King Institute of Preventive Medicine Micro-Biological Section reports 1909-11
Year: 1909
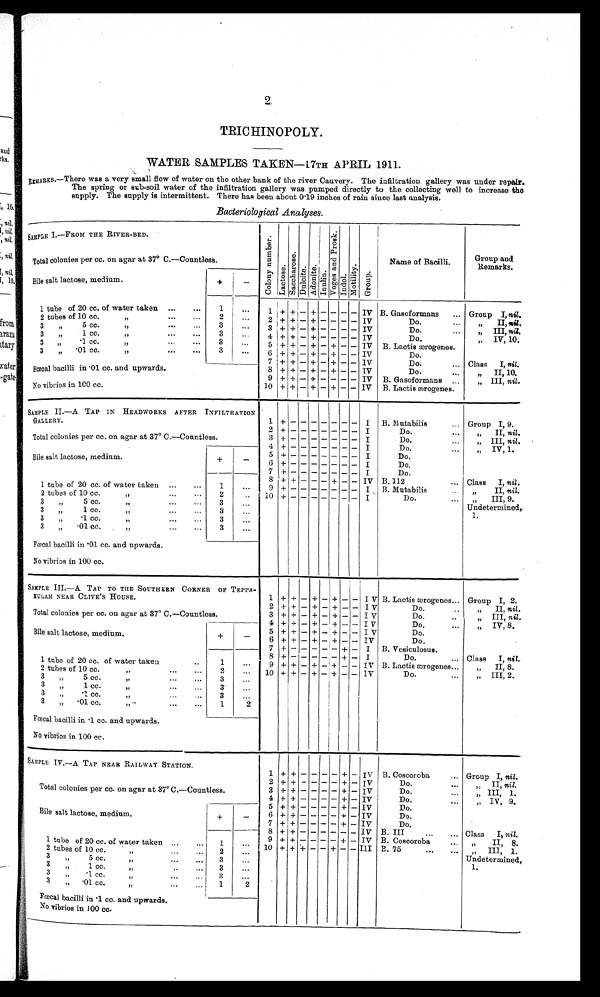
2
TRICHINOPOLY.
WATER SAMPLES TAKEN—17TH APRIL 1911.
REMARKS.—There was a very small flow of water on the other bank of the river Cauvery. The infiltration gallery was under repair.
The spring or sub-soil water of the infiltration gallery was pumped directly to the collecting well to increase the
supply. The supply is intermittent. There has been about 0.19 inches of rain. since last analysis.
Bacteriological Analyses.
SAMPLE I.—FROM THE RIVER-BED.
C o l o n y n u m b e r . L a c t o s e . S a c c h a r o s e . D u l c i t e . A d o n i t e . I n u l i n . V o g e s a n d P r o s k . I n d o l .
M o t i l i t y .
G r o u p .
Name of Bacilli.
Group and
Remarks.
Total colonies per cc. on agar at 37° C.—Countless.
Bile salt lactose, medium.
+
-
1 tube of 20 cc. of water taken ...
. . .
1
. . .
1 + + - + - - - - IV B. Gasoformans
... Group I, nil.
2 tubes of 10 cc.
...
. . .
2
. . .
2 + + - + - - - - IV
Do.
„ I I , n i l .
3 „ 5 cc.
. . .
. . .
3
. . .
3 + + - + - - - - IV
Do.
...
„ III, nil.
3 „ 1cc.
...
...
3
. . .
4
+ + - + - - - - IV
Do.
„ I V , 1 0 .
3 „ .1cc.
...
...
3
. . .
5 + + - + - + - - IV B. Lactis ærogenes.
3 „ .01 cc.
. . .
. . .
. . . 3
. . .
6 + + - + - + - - IV
Do.
7 + + - + - + - - IV
Do.
... Class I, nil.
Fœcal bacilli in .01 cc. and upwards.
8 + + - + - + - - IV
Do.
„ I I , 1 0 .
9 + + - + - - - - IV B. Gasoformans ..
„ I I I , n i l .
No vibrios in 100 cc.
10 + + - + - + - - IV B. Lactis ærogenes.
SAMPLE II.—A TAP IN HEADWORKS AFTER INFILTRATION
GALLERY.
1
+ -
- - - - - -
I B. Mutabilis
... Group I, 9.
2
+ - - - - - - - I
Do.
...
„ II, nil.
Total colonies per cc. on agar at 37° C. —Countless.
3
+ - - - - - - - I
Do.
...
„ III, nil.
4 + - - - - - - - I
Do....
„ IV, 1.
Bile salt lactose, medium.
+
-
5 + - - - - - - - I
D o .
6
+ - - - - - - - I
D o .
7
+ - - - - - - - I
Do.
1 tube of 20 cc. of water taken ...
...
1
...
8 + + - - - + - - IV B. 112
... Class I, nil .
9
+ - - - - - - - I B. Mut a bi l i s . . .
„ I I , n i l
.
2 tubes of 10 cc.
,,
2 . . .
10
+
-
- - - - - -
I
Do.
... „ III, 9.
Undetermined,
1.
3 „ 5 cc. „
3
. . .
3 „ 1 cc.
. . .
3
. . .
3 „ .1 cc....
3
. . .
3 „ .01 cc....
...
...
3
. . .
Fœcal bacilli in .01 cc. and upwards.
No vibrios in 100 cc.
SAMPLE III. —A TAP TO THE SOUTHERN CORNER OF TEPPA
¬KULAM NEAR CLIVE'S HOUSE.
1 + + - + - + - - IV B. Lactis ærogenes... Group I, 2.
2 + + - + - + - - IV
Do.
„ I I ,
n i l
.
Total colonies per cc. on agar at 37° C.—Countless.
3 + + - + - + - - IV
Do.
..
„ III, nil.
4 + + - + - + - - IV
Do.
„ I V , 8 .
Bile salt lactose, medium.
+
-
5 + + - + - + - - IV
Do.
6 + + - + - + - - IV
Do.
7 + - - - - - + - I B. Vesiculosus.
1 tube of 20 cc. of water taken
..
1
. . .
8 + - - - - - + - I
Do.
... Class I, nil.
9 + + - + - + - - IV B. Lactis ærogenes...
„ II, 8.
2 tubes of 10 cc.
. . .
. . .
. . .
2
. . . 10 + + - + - + - - IV
Do.
„ I I I , 2 .
3 „ 5 cc.
, ,
3
. . .
3 , , 1 c c .
3
. . .
3 „ .1 cc.
,,
3
. . .
3 „ .01 cc. „
1 2
Fœcal bacilli in .1 cc. and upwards.
No vibrios in 100 cc.
S A M P L E I V . — A T A P N E A R R A I L W A Y S T A T I O N .
1 + + - - - - + - IV B. Coscoroba
... Group I, nil.
Total colonies per cc. on agar at 37° C.—Countless.
2 ++ + - - - - + - IV
Do.
...
„ II, nil.
3 + + - - - - + - IV
Do.
...
„ III, 1.
4 + + - - - - +- IV
Do.
...
„ IV, 9.
Bile salt lactose, medium.
+
-
5
+ + - - - - +- IV
Do.
6 + + - - - - + - IV
Do.
7 + + - - - - + - IV
Do.
1 tube of 20 cc. of watertaken...
...
1
. . . 8 + + - - - - - - IV B. III
...
... Class I, nil.
9 + + - - - - + - IV B. Coscoroba
... „ II, 8.
2 tubes of 10 cc.
2
. . . 10 + + + - - + - - III B. 75
„ I I I , 1.
Undetermined, 1 .
3 „ 5 cc.
3
. . .
3 „ 1 cc.
3
...
3 „ .1 cc....
...
3
. . .
3 „ .01 cc.
...
...
1
2
Fœcal bacilli in .1 cc. and upwards.
No vibrios in 100 cc.